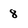
Character: 8